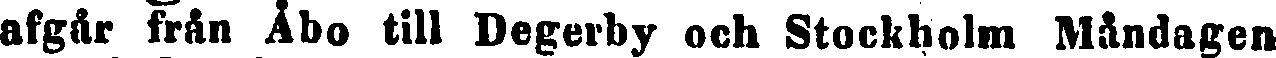
afgår från Åbo till Degerby och Stockholm Måndagen